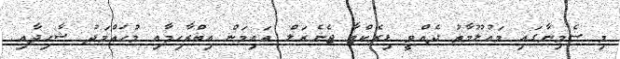
މި ސެމިނާގައި މައުލޫމާތު ދެއްވީ ޑިރެކްޓާ ޖެނެރަލް އައިމަން އިބްރާހިމާއި މުހައްމަދު ޝާހިދާއި